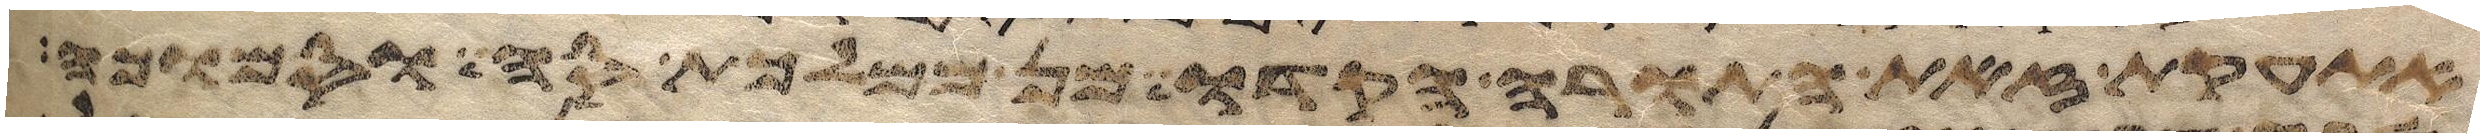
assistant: עת את הדבר הגדול יביאון אל משה וכל